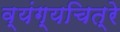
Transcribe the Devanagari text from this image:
व्यंग्यचित्रे